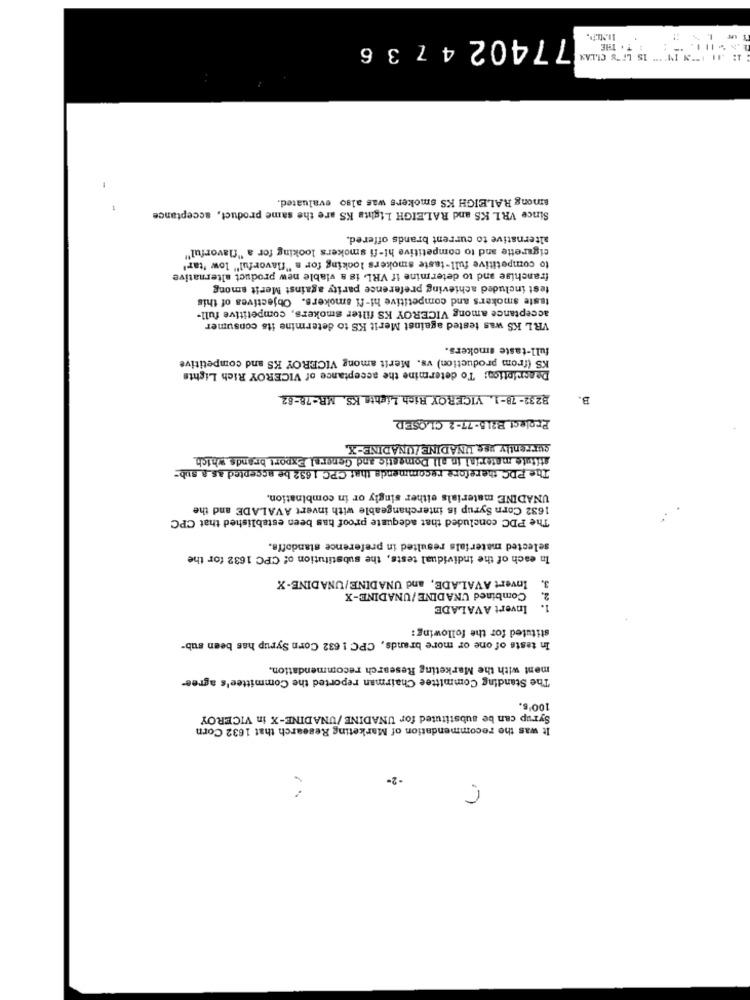
77402 4736
# T . THE
among RALEIGH KS smokers was also evaluated.
Since VR1 KS and RALEIGH Lights KS are the same product, acceptance
alternative to current brands offered.
cigarette and to competitive hi-fi smokers looking for a "flavorful"
to competitive full-taste smokers looking for a "flavorful" low 'tar'
franchise and to determine if VRL is a viable new product alternative
test included achieving preference parity against Merit among
teste smokers and competitive hi-fi smokers. Objectives of this
acceptance among VICEROY KS filter smokers, competitive full-
VRL KS was tested against Merit KS to determine its consumer
full-taste smokers.
KS (from production) vs. Merit among VICEROY KS and competitive
Description: To determine the acceptance of VICEROY Rich Lights
3232- 78-1. VICEROY Rich Lights KS. MR-78-82
B.
Project B215-77-2 CLOSED
currently use UNADINE /UNADINE-X,
stitute material in all Domestic and General Export brands which
The PDC therefore recommends that CPC 1632 be accepted as a sub-
UNADINE materials either singly or in combination,
1632 Corn Syrup is interchangeable with invert AVALADE and the
The PDC concluded that adequate proof has been established that CPC
selected materials resulted in preference standoffs.
In each of the individual tests, the substitution of CPC 1632 for the
Invert AVALADE, and UNADINE/UNADINE-X
3.
Combined UNADINE/UNADINE-X
2.
Invert AVALADE
1.
stituted for the following:
In tests of one or more brands, CPC 1 632 Corn Syrup has been sub-
ment with the Marketing Research recommendation.
The Standing Committee Chairman reported the Committee's agree-
100's.
Syrup can be substituted for UNADINE /UNADINE-X in VICEROY
It was the recommendation of Marketing Research that 1632 Corn
-2-